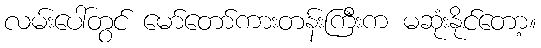
လမ်းပေါ်တွင် မော်တော်ကားတန်းကြီးက မဆုံးနိုင်တော့။